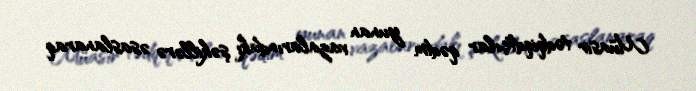
Müasir tədqiqdtçılar qədim yunan vazalarındakı şəkillərə əsaslanaraq